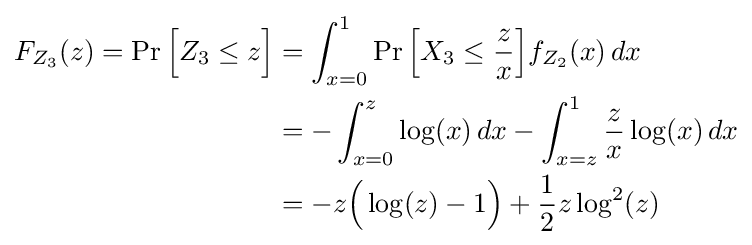
{\begin{aligned}F_{Z_{3}}(z)=\Pr {\Big [}Z_{3}\leq z{\Big ]}&=\int _{x=0}^{1}\Pr {\Big [}X_{3}\leq {\frac {z}{x}}{\Big ]}f_{Z_{2}}(x)\,dx\\&=-\int _{x=0}^{z}\log(x)\,dx-\int _{x=z}^{1}{\frac {z}{x}}\log(x)\,dx\\&=-z{\Big (}\log(z)-1{\Big )}+{\frac {1}{2}}z\log ^{2}(z)\end{aligned}}